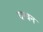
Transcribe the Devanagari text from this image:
वन्धन